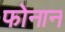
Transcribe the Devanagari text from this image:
फोनान